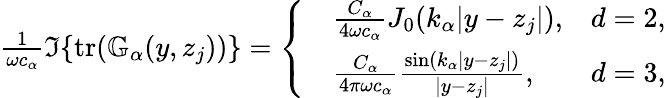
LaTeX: \begin{array}{r}{\frac{1}{\omega c_{\alpha}}\Im\{ \mathrm{tr}(\mathbb{G}_{\alpha}(y,z_{j}))\} =\left\{ \begin{array}{rlr}&{\frac{C_{\alpha}}{4\omega c_{\alpha}}J_{0}(k_{\alpha}|y-z_{j}|),}&{d=2,}\\ &{\frac{C_{\alpha}}{{4\pi}\omega c_{\alpha}}\frac{\sin(k_{\alpha}|y-z_{j}|)}{|y-z_{j}|},}&{d=3,}\end{array}\right.}\end{array}